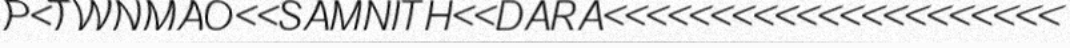
P<TWNMAO<<SAMNITH<<DARA<<<<<<<<<<<<<<<<<<<<<